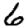
Digit: 6